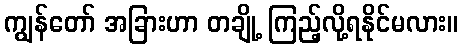
ကျွန်တော် အခြားဟာ တချို့ ကြည့်လို့ရနိုင်မလား။